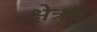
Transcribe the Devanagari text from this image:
क्षेत्रय